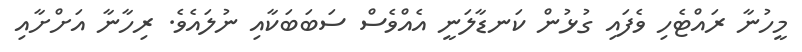
މީހުނާ ރައްޓެހި ވެފައި ގުޅުން ކަނޑާލަނީ އެއްވެސް ސަބަބަކާއި ނުލައެވެ. ރިހާނާ އަށްށާއި